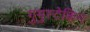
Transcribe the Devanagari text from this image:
गुमुस्टेकिन